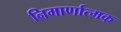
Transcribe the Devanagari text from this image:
निमार्णात्मक